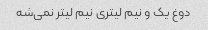
دوغ یک و نیم لیتری نیم لیتر نمی‌شه